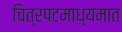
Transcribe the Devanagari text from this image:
चित्रपटमाध्यमात